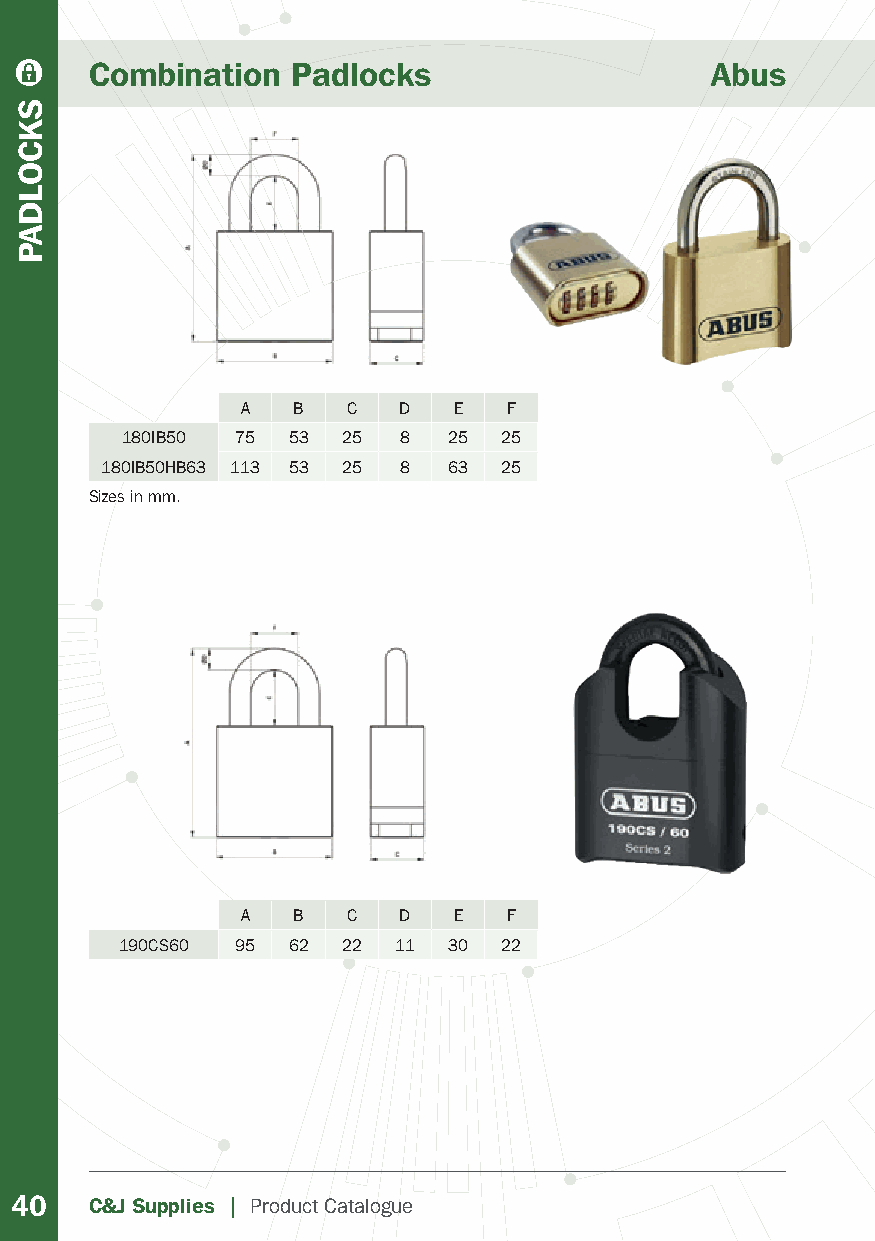
Combination  Padlocks                    Abus
 A  B   C  D   E   F
 180IB50 75 53  25 8   25 25
 180IB50HB63 113 53 25 8 63 25
 Sizes in mm.
 A  B   C  D   E   F
 190CS60 95 62  22 11  30 22
 40   C&J Supplies | Product Catalogue
 SKCOLDAP